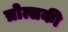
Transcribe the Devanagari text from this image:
त्रोत्सकी